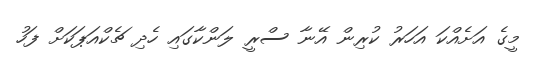
މީގެ އަށެއްކަ އަހަރު ކުރިން އޭނާ ސްރީ ލަންކާގައި ހެދި ޗެކްއަޕަކަށް ފަހު